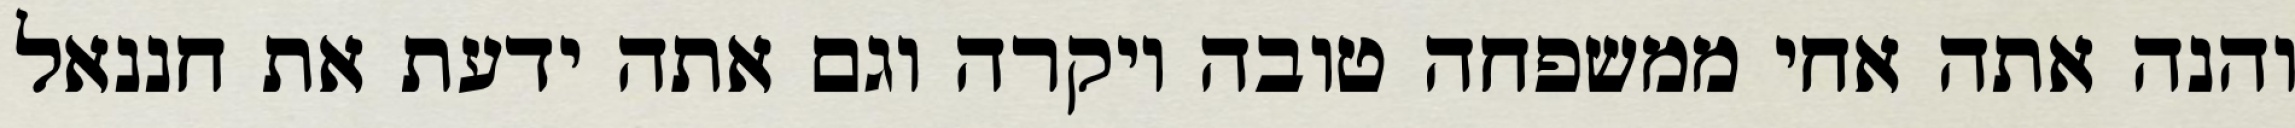
והנה אתה אחי ממשפחה טובה ויקרה וגם אתה ידעת את חננאל